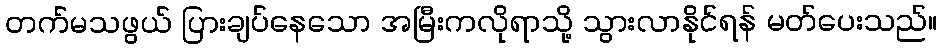
တက်မသဖွယ် ပြားချပ်နေသော အမြီးကလိုရာသို့ သွားလာနိုင်ရန် မတ်ပေးသည်။